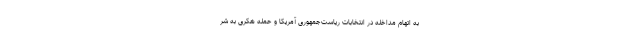
به اتهام مداخله در انتخابات ریاست‌جمهوری آمریکا و حمله هکری به شر